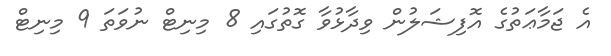
އެ ޖަމާޢަތުގެ އޮފިޝަލުން ވިދާޅުވާ ގޮތުގައި 8 މިނިޓް ނުވަތަ 9 މިނިޓް